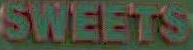
SWEETS